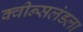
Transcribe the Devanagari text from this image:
क्वीन्सलंडला